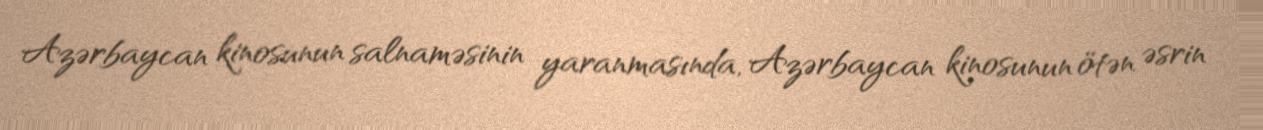
Azərbaycan kinosunun salnaməsinin yaranmasında, Azərbaycan kinosunun ötən əsrin